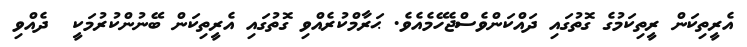
އެރީތިކަން ރީތިކަމުގެ ގޮތުގައި ދައްކަންވެސްޖެހޭމެއެވެ. ޙަރާމްކުރެއްވި ގޮތުގައި އެރީތިކަން ބޭނުންކުރުމަކީ  ދެއްވި